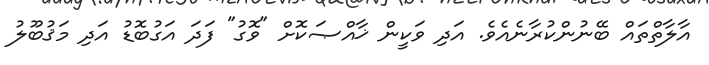
އާލާތްތައް ބޭނުންކުރާނެއެވެ. އަދި ވަކީން ޚާއްޞަކޮށް "ވޮގު" ފަދަ އަގުބޮޑު އަދި މަޤުބޫލު